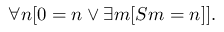
\forall n [ 0 = n \lor \exists m [ S m = n ] ] .